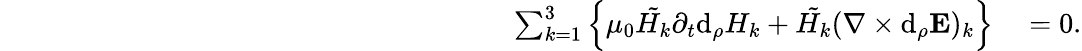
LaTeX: \begin{array}{rl}{\phantom{\; xxxxxxxxxxxxxxxxxxxxxxxxxxxxxxx}\sum_{k=1}^{3}\left\{ \mu_{0}\tilde{H_{k}}\partial_{t}\mathrm{d}_{\rho}H_{k}+\tilde{H_{k}}(\nabla\times\mathrm{d}_{\rho}\mathbf{E})_{k}\right\} }&{{}=0.}\end{array}